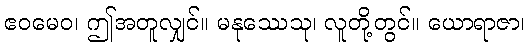
ဧဝမေဝ၊ ဤအတူလျှင်။ မနုဿေသု၊ လူတို့တွင်။ ယောရာဇာ၊